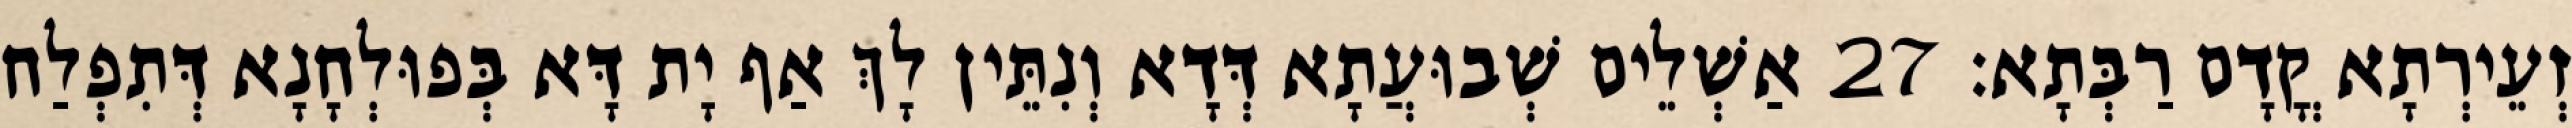
זְעֵירְתָא קֳדָם רַבְּתָא׃ 27 אַשְׁלֵים שְׁבוּעֲתָא דְּדָא וְנִתֵּין לָךְ אַף יָת דָּא בְּפוּלְחָנָא דְּתִפְלַח